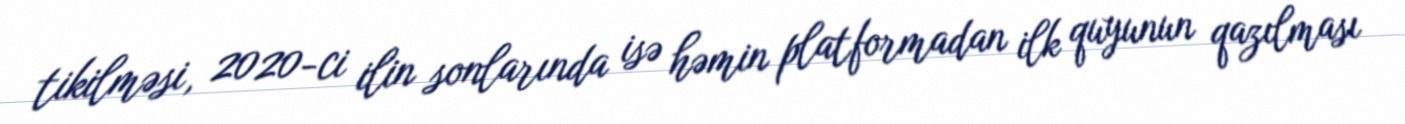
tikilməsi, 2020-ci ilin sonlarında isə həmin platformadan ilk quyunun qazılması